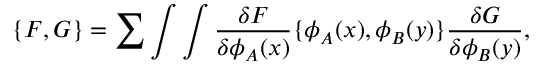
\{ F , G \} = \sum \int \int { \frac { \delta F } { \delta \phi _ { A } ( x ) } } \{ \phi _ { A } ( x ) , \phi _ { B } ( y ) \} { \frac { \delta G } { \delta \phi _ { B } ( y ) } } ,